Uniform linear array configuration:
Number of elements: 12
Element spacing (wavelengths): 1
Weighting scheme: kaiser
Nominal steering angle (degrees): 60
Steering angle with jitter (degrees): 59.467
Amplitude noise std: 0.05
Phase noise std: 0.05

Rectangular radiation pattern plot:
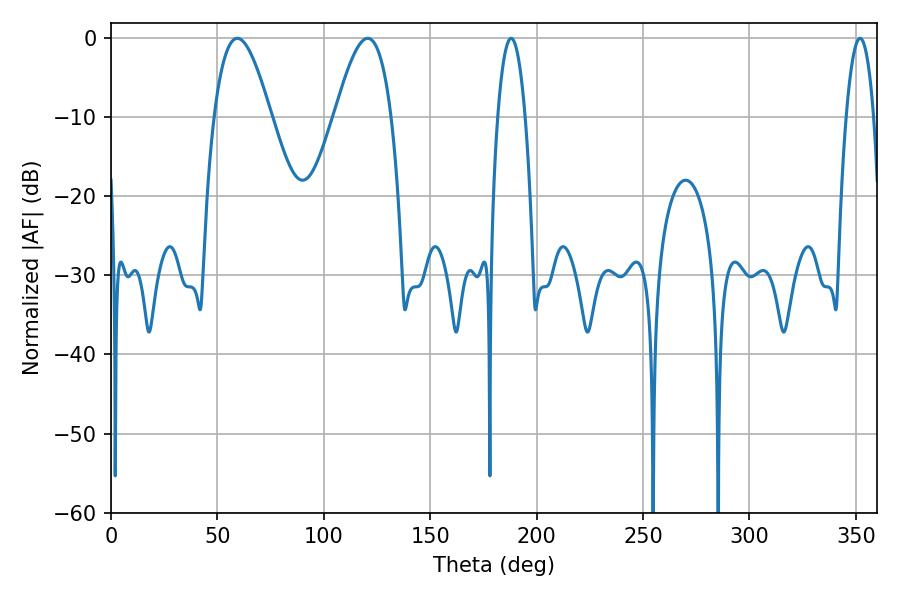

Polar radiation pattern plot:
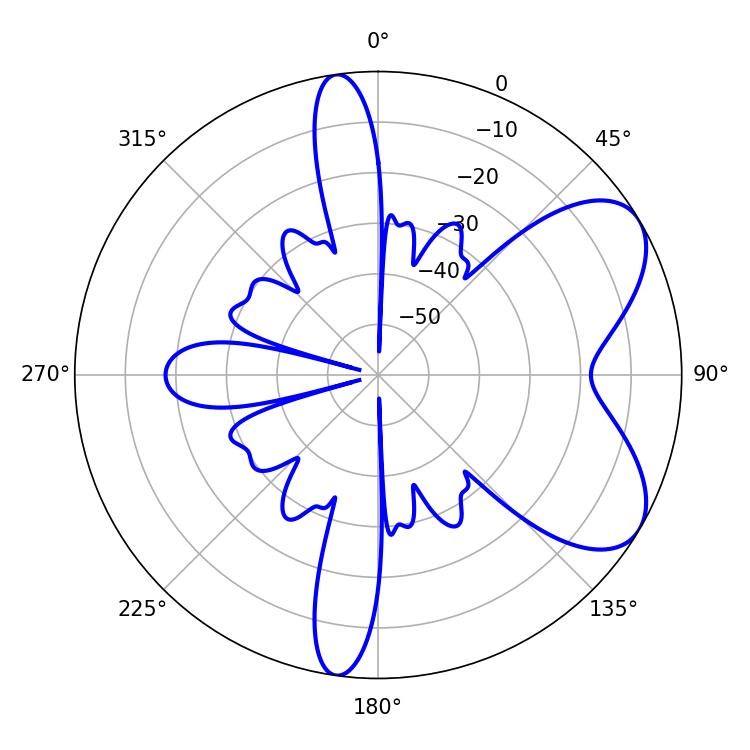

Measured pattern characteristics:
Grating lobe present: TRUE
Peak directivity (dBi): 6.562
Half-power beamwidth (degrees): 14.4
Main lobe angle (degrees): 59.4